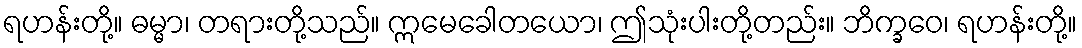
ရဟန်းတို့။ ဓမ္မာ၊ တရားတို့သည်။ ဣမေခေါတယော၊ ဤသုံးပါးတို့တည်း။ ဘိက္ခဝေ၊ ရဟန်းတို့။